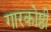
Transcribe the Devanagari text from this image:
गारकोष्ठी